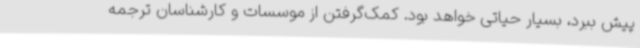
پیش ببرد، بسیار حیاتی خواهد بود. کمک‌گرفتن از موسسات و کارشناسان ترجمه